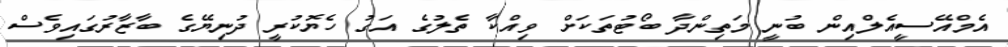
އެމްއޭސީއެލްއިން ބުނީ މަތިންދާ ބޯޓުތަކަށް ވިއްކާ ތެލުގެ އަގު ހެޔޮކުރީ ދުނިޔޭގެ ބާޒާރުގައިވެސް